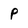
Character: p